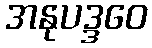
အနုပဒ္ဒဝေ